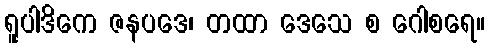
ရူပါဒိကေ ဇနပဒေ၊ တထာ ဒေသေ စ ဂေါစရေ။